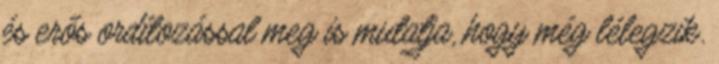
és erős ordítozással meg is mutatja, hogy még lélegzik.